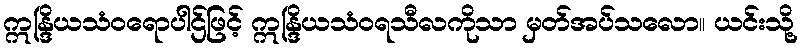
ဣန္ဒြိယသံဝရောပါဌ်ဖြင့် ဣန္ဒြိယသံဝရသီလကိုသာ မှတ်အပ်သလော။ ယင်းသို့